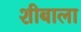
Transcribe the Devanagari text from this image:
शीबाला